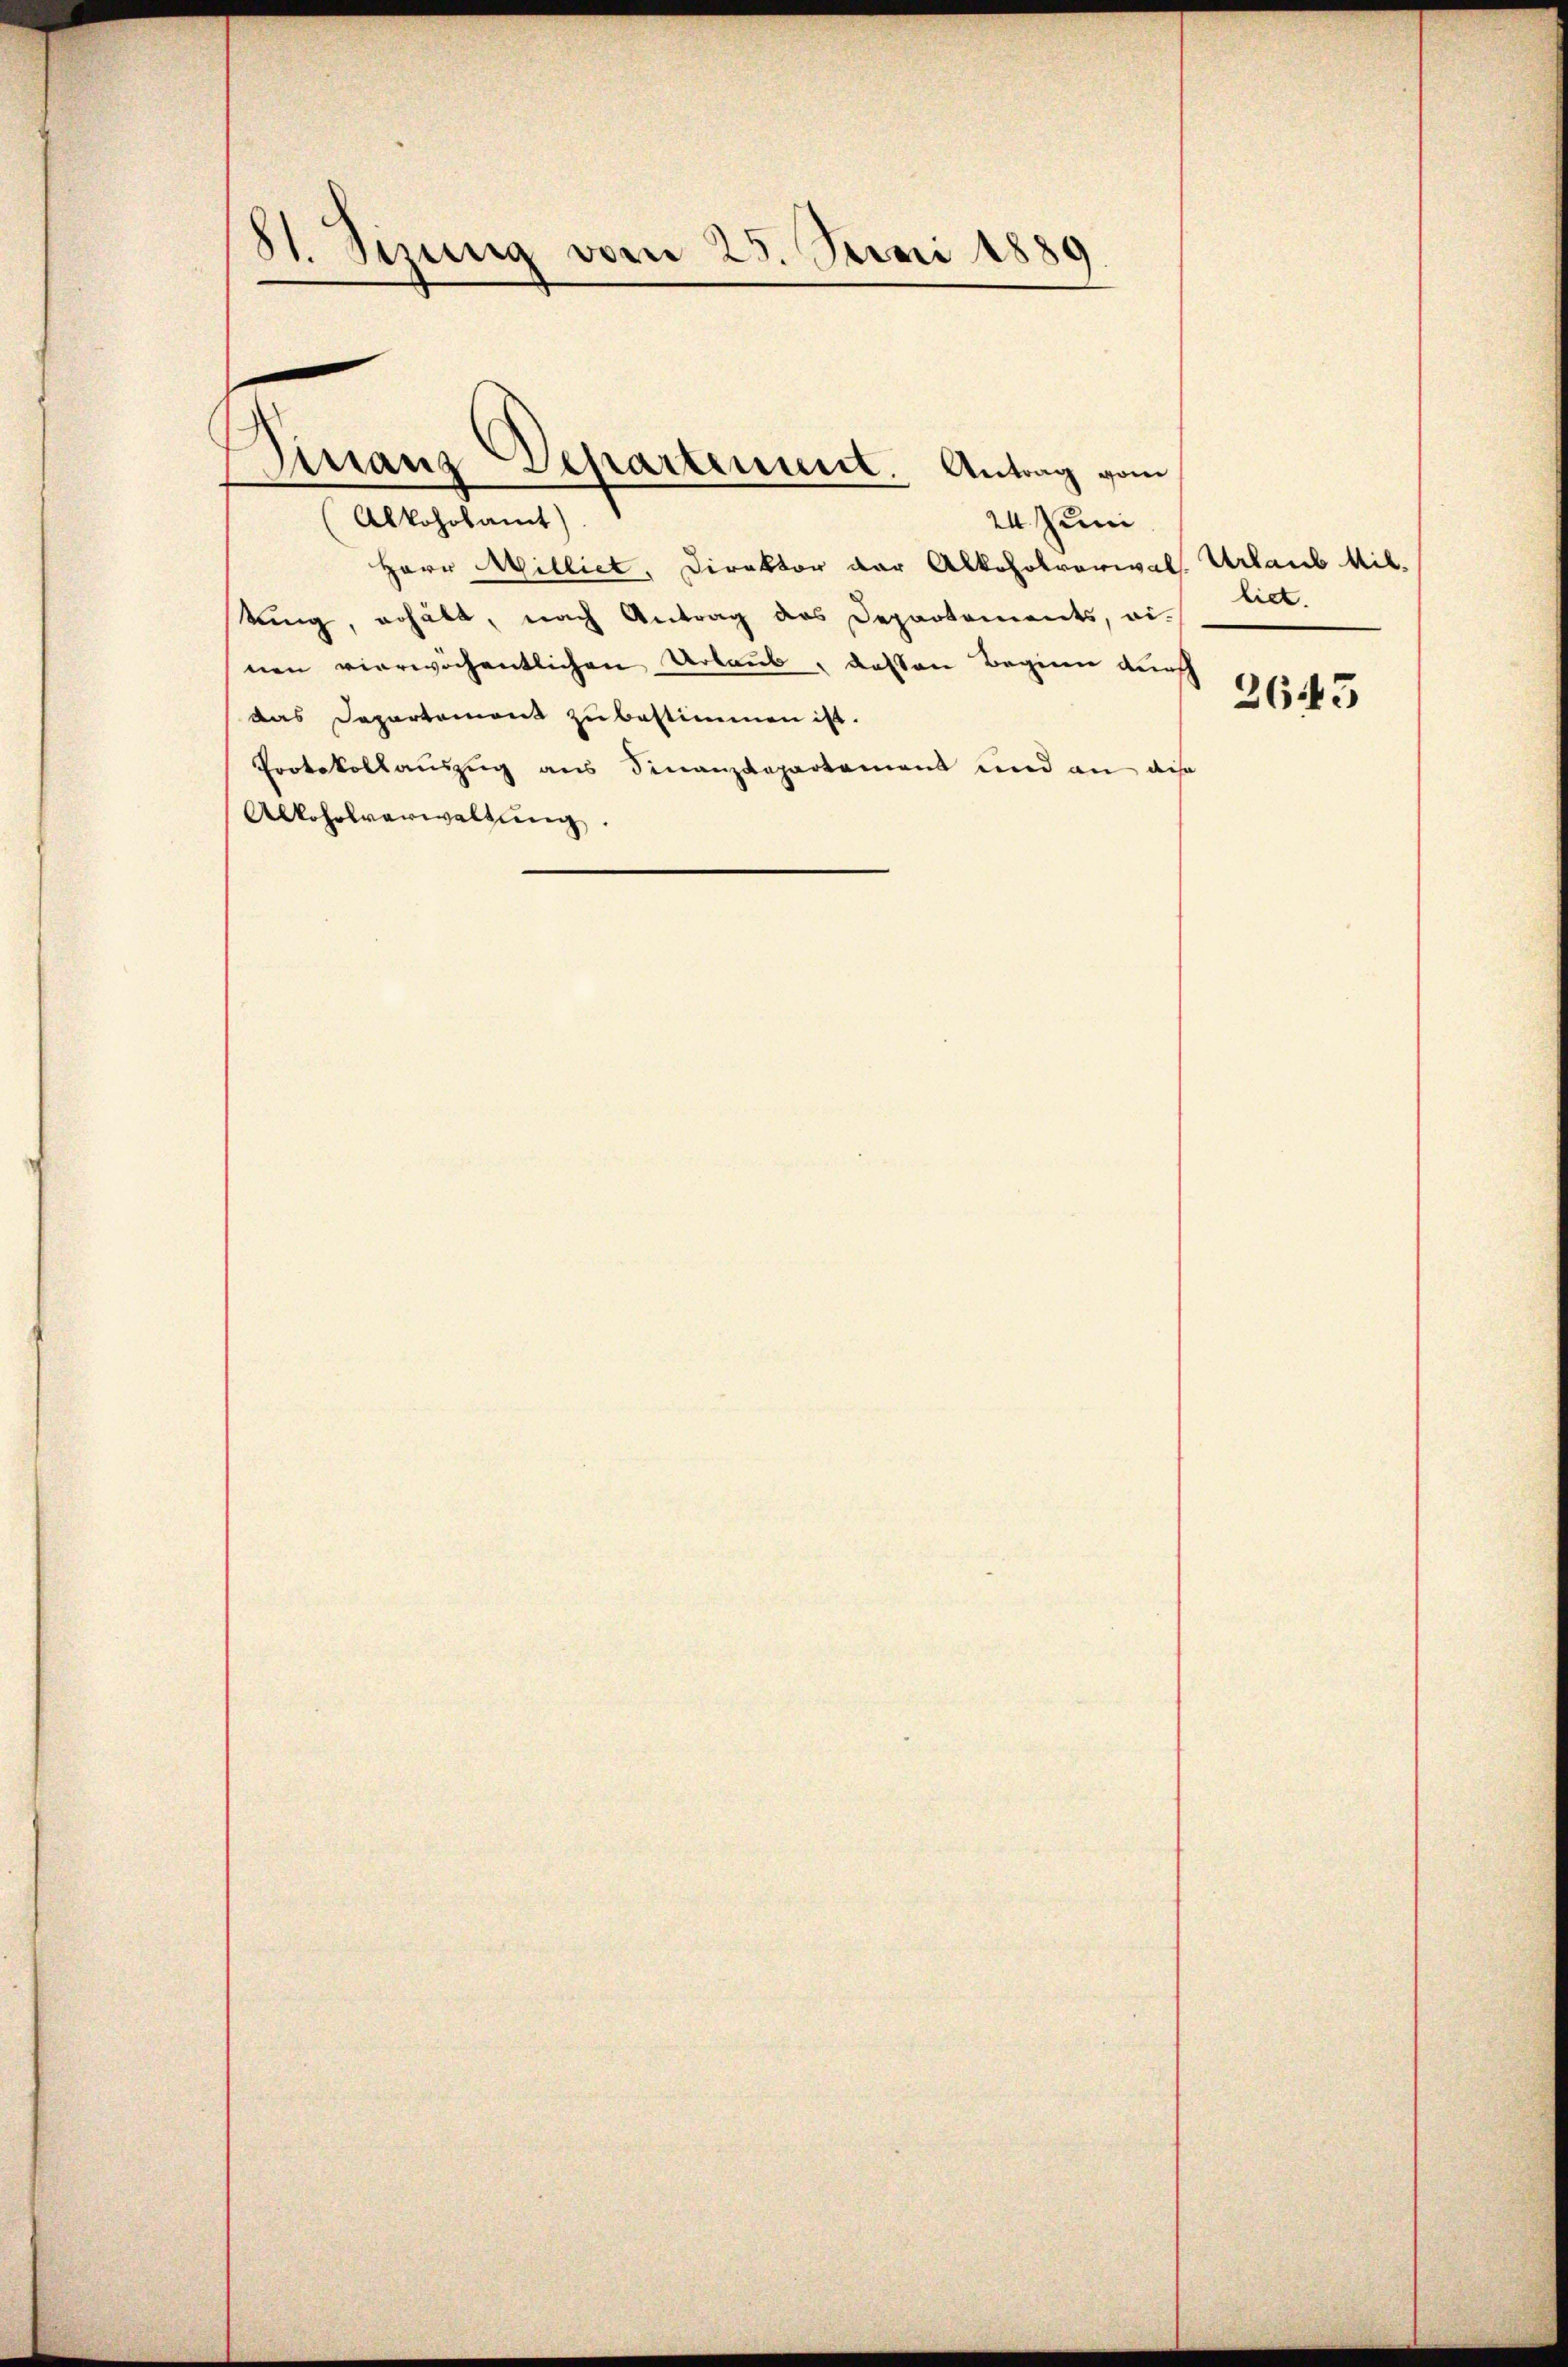
81. Sizung vom 25. Juni 1889

(Alkohobamt).
24. Juni
Herr Milliet, Direktor der Alkoholverial. Urlaub Mil.
kung, erhält, nach Antrag des Departements, ei-
nen vierwöchentlichen Urlaub, dessen Beginn durch
das Departement zu bestimmen ist.
Protokollauszug aus Finanzdepartement und an dis
Alkohrsverwaltung.

Finanz Departement. Antrag vom

liet.

2643